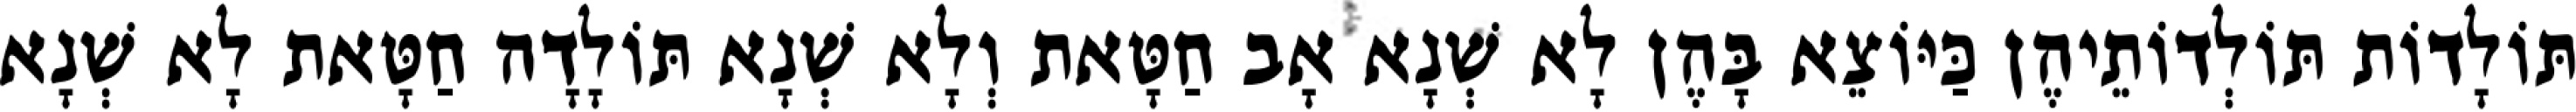
תּוֹלָדוֹת תּוֹלְדוֹתֵיהֶן כַּיּוֹצֵא בָּהֶן לָא שְׁנָא אָב חַטָּאת וְלָא שְׁנָא תּוֹלָדָה חַטָּאת לָא שְׁנָא